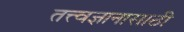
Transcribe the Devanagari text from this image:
तत्त्वज्ञानासाठी